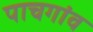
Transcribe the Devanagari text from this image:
पाचगांव